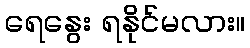
ရေနွေး ရနိုင်မလား။